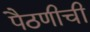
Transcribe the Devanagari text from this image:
पैठणीची